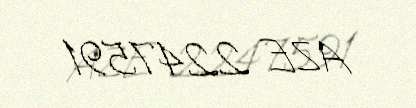
AZE 2247591